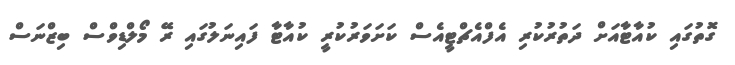
ގޮތުގައި ކުއާޓާއަށް ދަތުރުކުރި އެފްއެޗްޓީއެސް ކަށަވަރުކުރީ ކުއާޓާ ފައިނަލުގައި ރޭ މޯލްޑިވްސް ބިޒްނަސް